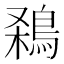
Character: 𪁁